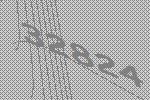
32824